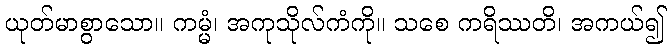
ယုတ်မာစွာသော။ ကမ္မံ၊ အကုသိုလ်ကံကို။ သစေ ကရိဿတိ၊ အကယ်၍